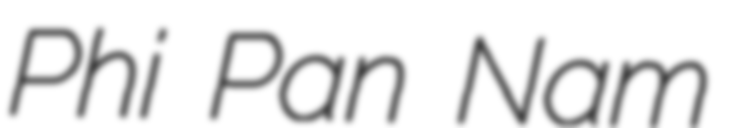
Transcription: Phi Pan Nam